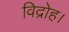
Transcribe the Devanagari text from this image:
विद्रोह।